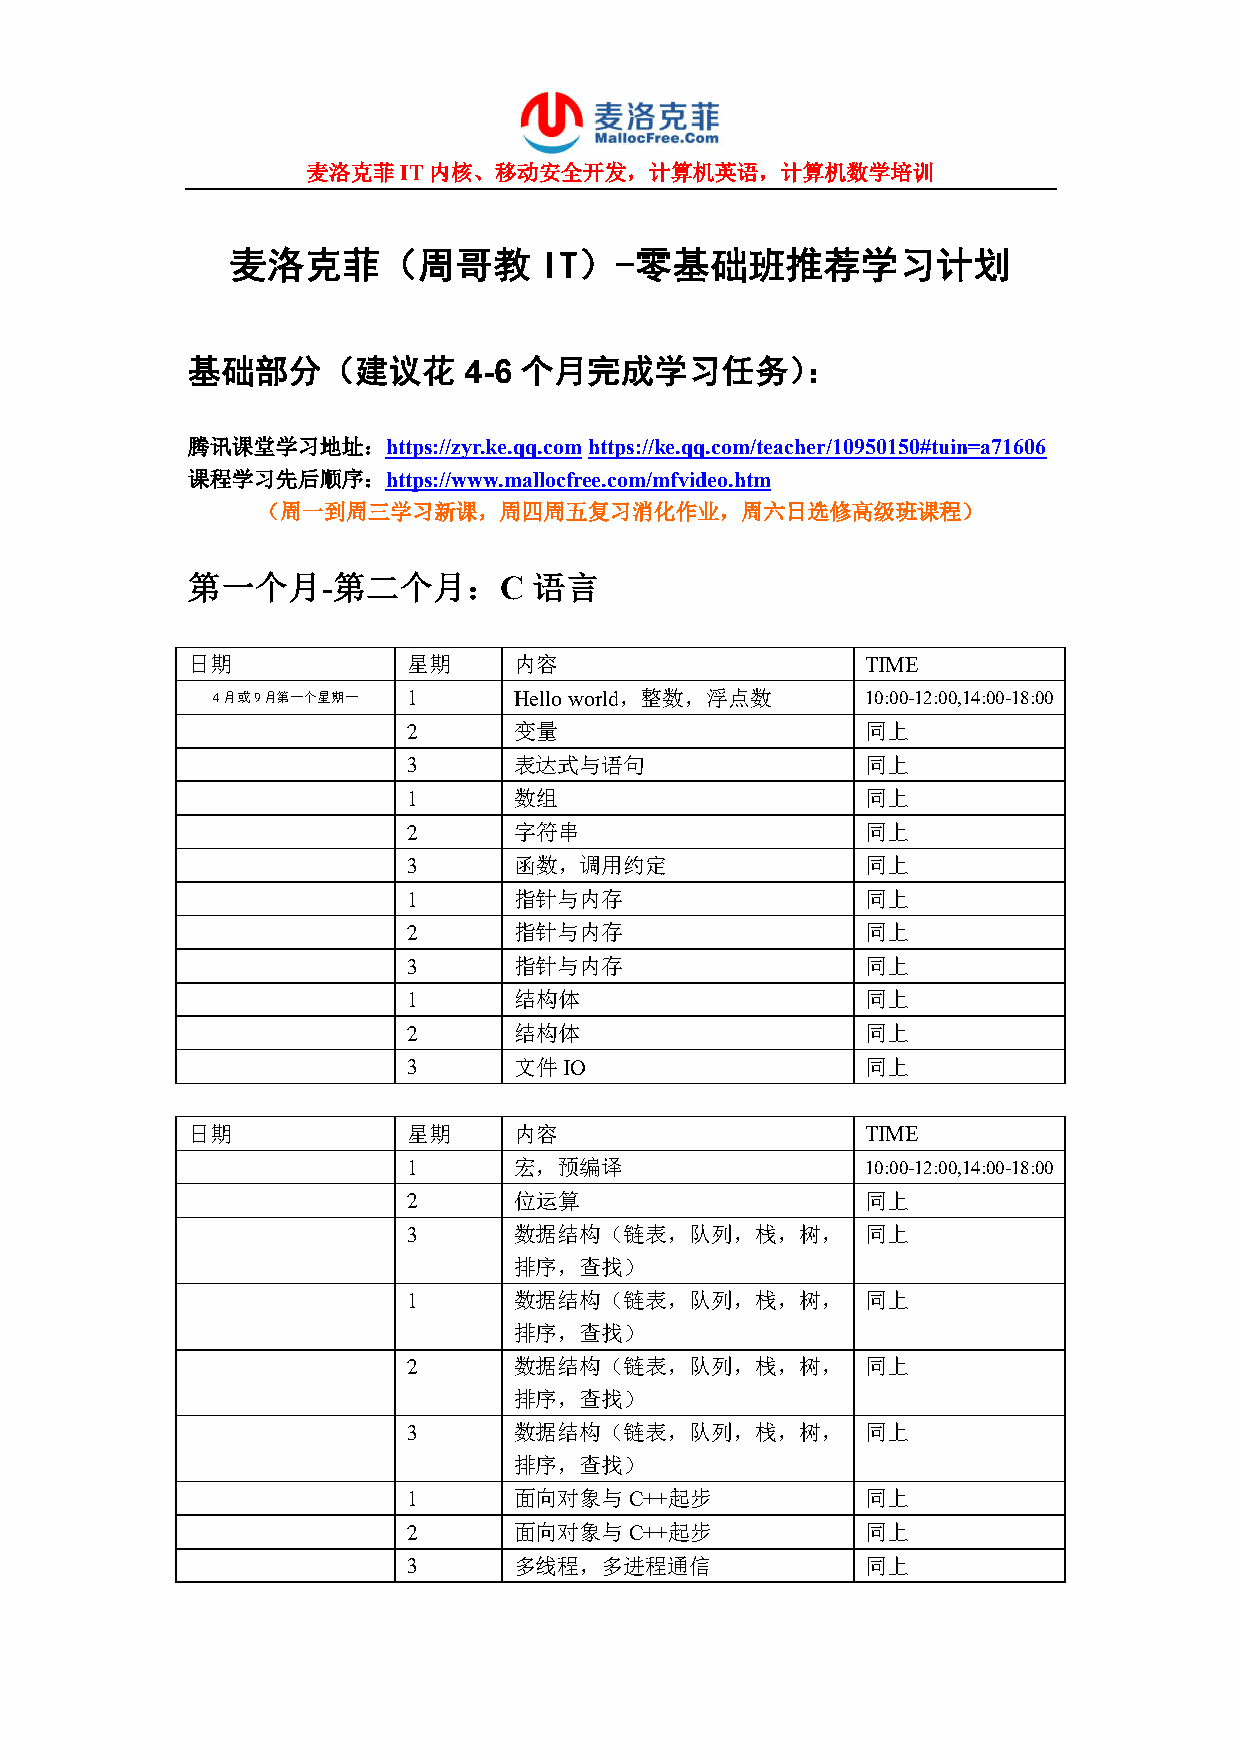
麦洛克菲IT内核、移动安全开发，计算机英语，计算机数学培训
 麦洛克菲（周哥教             IT）-零基础班推荐学习计划
 基础部分（建议花           4-6 个月完成学习任务）：
 腾讯课堂学习地址：https://zyr.ke.qq.com https://ke.qq.com/teacher/10950150#tuin=a71606
 课程学习先后顺序：https://www.mallocfree.com/mfvideo.htm
 （周一到周三学习新课，周四周五复习消化作业，周六日选修高级班课程）
 第一个月-第二个月：C            语言
 日期             星期     内容                     TIME
 4月或9月第一个星期一  1      Hello world，整数，浮点数     10:00-12:00,14:00-18:00
 2      变量                     同上
 3      表达式与语句                 同上
 1      数组                     同上
 2      字符串                    同上
 3      函数，调用约定                同上
 1      指针与内存                  同上
 2      指针与内存                  同上
 3      指针与内存                  同上
 1      结构体                    同上
 2      结构体                    同上
 3      文件IO                   同上
 日期             星期     内容                     TIME
 1      宏，预编译                  10:00-12:00,14:00-18:00
 2      位运算                    同上
 3      数据结构（链表，队列，栈，树，        同上
 排序，查找）
 1      数据结构（链表，队列，栈，树，        同上
 排序，查找）
 2      数据结构（链表，队列，栈，树，        同上
 排序，查找）
 3      数据结构（链表，队列，栈，树，        同上
 排序，查找）
 1      面向对象与C++起步             同上
 2      面向对象与C++起步             同上
 3      多线程，多进程通信              同上